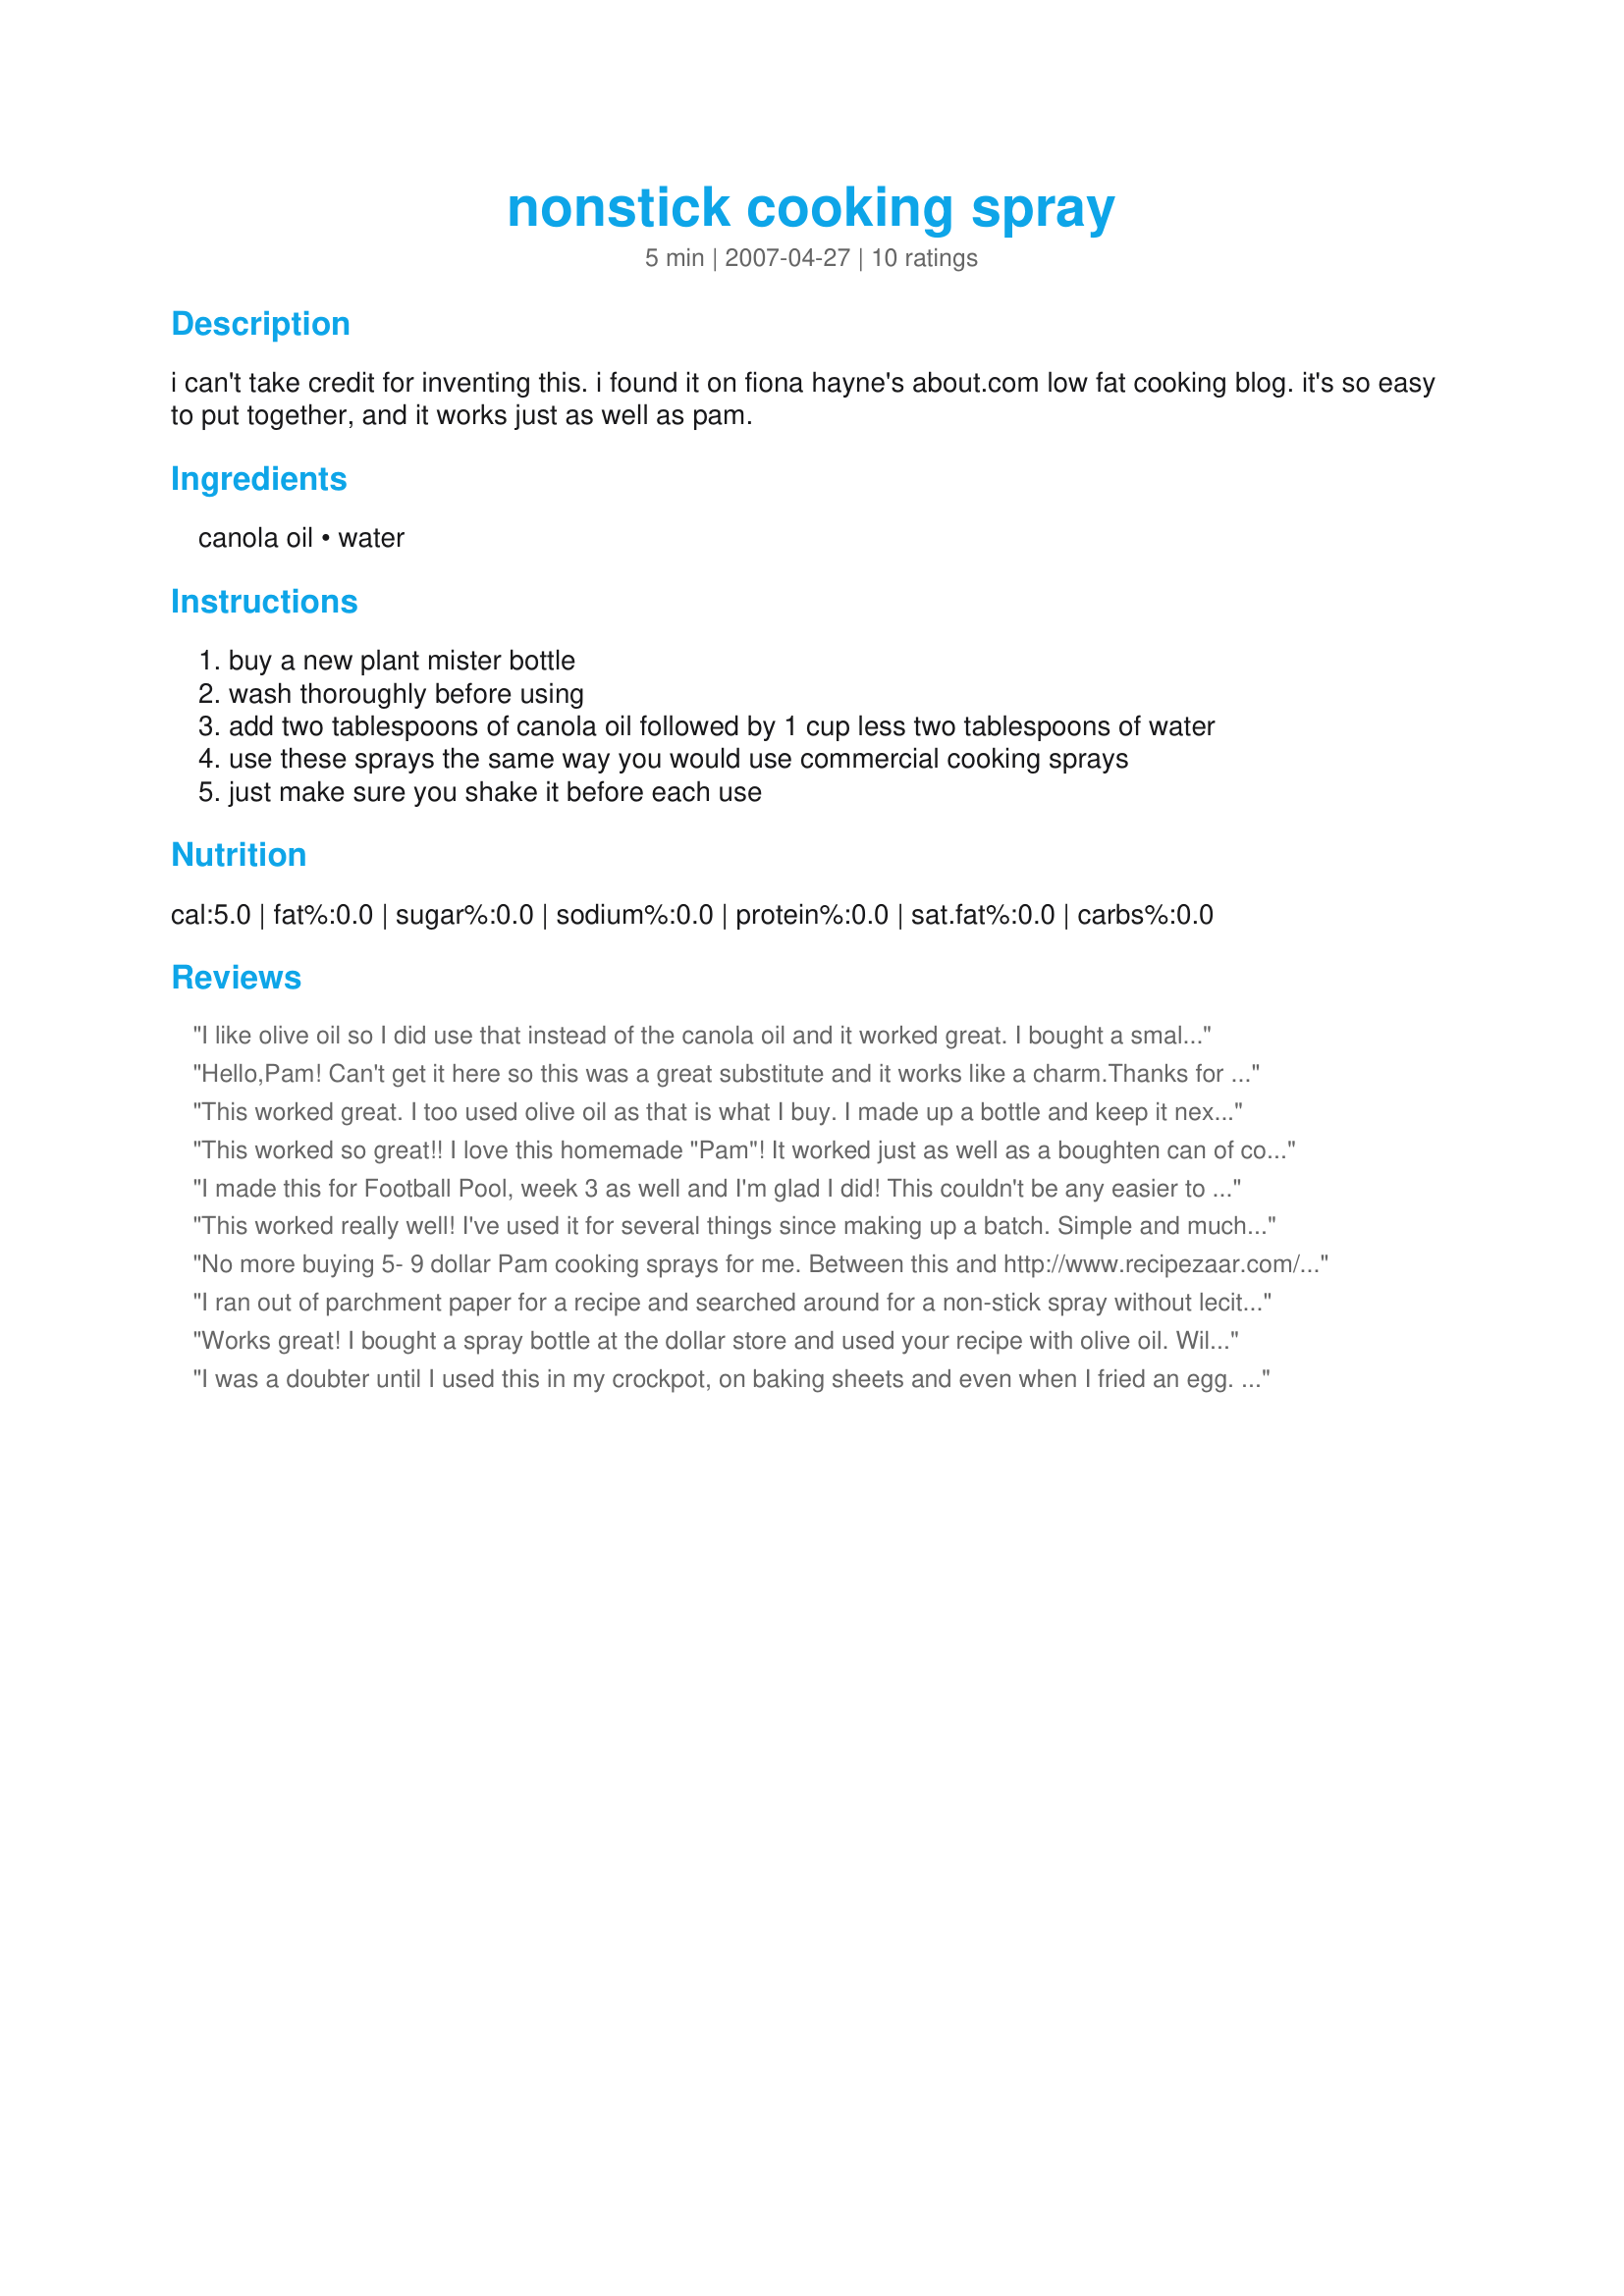
nonstick cooking spray
Preparation time: 5 minutes

i can't take credit for inventing this. i found it on fiona hayne's about.com low fat cooking blog. it's so easy to put together, and it works just as well as pam.

Ingredients:
canola oil, water

Steps:
buy a new plant mister bottle
wash thoroughly before using
add two tablespoons of canola oil followed by 1 cup less two tablespoons of water
use these sprays the same way you would use commercial cooking sprays
just make sure you shake it before each use

Reviews:
I like olive oil so I did use that instead of the canola oil and it worked great. I bought a small mister bottle and will be using this from now on! Thank you poo235 for posting this recipe.
Hello,Pam! Can't get it here so this was a great substitute and it works like a charm.Thanks for sharing this.
This worked great. I too used olive oil as that is what I buy. I made up a bottle and keep it next to my stove. This worked just as well as the pam I normally buy.
This worked so great!! I love this homemade "Pam"! It worked just as well as a boughten can of cooking spray, and I like that it's not aerosol. Thanks for the keeper! Made for your football pool win :)
I made this for Football Pool, week 3 as well and I'm glad I did! This couldn't be any easier to make and it works great. I look forward to using this in my crockpot. Thanks poo235! :)
This worked really well! I've used it for several things since making up a batch. Simple and much cheaper than the store bought Pam. Thanks poo235 for sharing. Made for Football Pool - week 3. Congrats again on your win!!
No more buying 5- 9 dollar Pam cooking sprays for me. Between this and http://www.recipezaar.com/78579 I'll never be a slave to Pam again! Ty so much for posting.
I ran out of parchment paper for a recipe and searched around for a non-stick spray without lecithin. Saw this, made it was skeptical (it was very watery) but it worked perfectly! I used olive oil (healthier then canola). Since I didn't have an empty spray bottle on hand I shook it vigorously in a container and just brushed it on.

Just in case you were wondering, this makes 1 cup of spray. 1 cup less two tablespoons means to minus two tablespoons of water from the measured cup.
Works great! I bought a spray bottle at the dollar store and used your recipe with olive oil. Will keep this one on hand all the time. Will never have to buy commercial sprays again! Just a note: recipe #78579 is great for greasing pans too. With these two recipes all my spraying and greasing are covered! Thanks.
I was a doubter until I used this in my crockpot, on baking sheets and even when I fried an egg. It works perfectly. I will not be purchasing an aerosal spray cans any longer. Made for your win in Week 3 of Football Pool. Congrats on your great picks that week!
